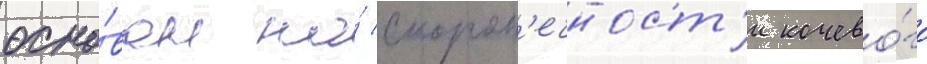
осно́ван на́ скорот'ечност'и кочево́го